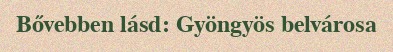
Bővebben lásd: Gyöngyös belvárosa